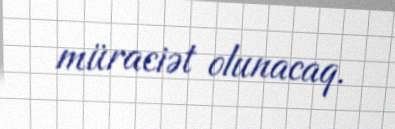
müraciət olunacaq.